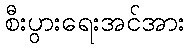
စီးပွားရေးအင်အား